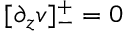
[ \partial _ { z } v ] _ { - } ^ { + } = 0